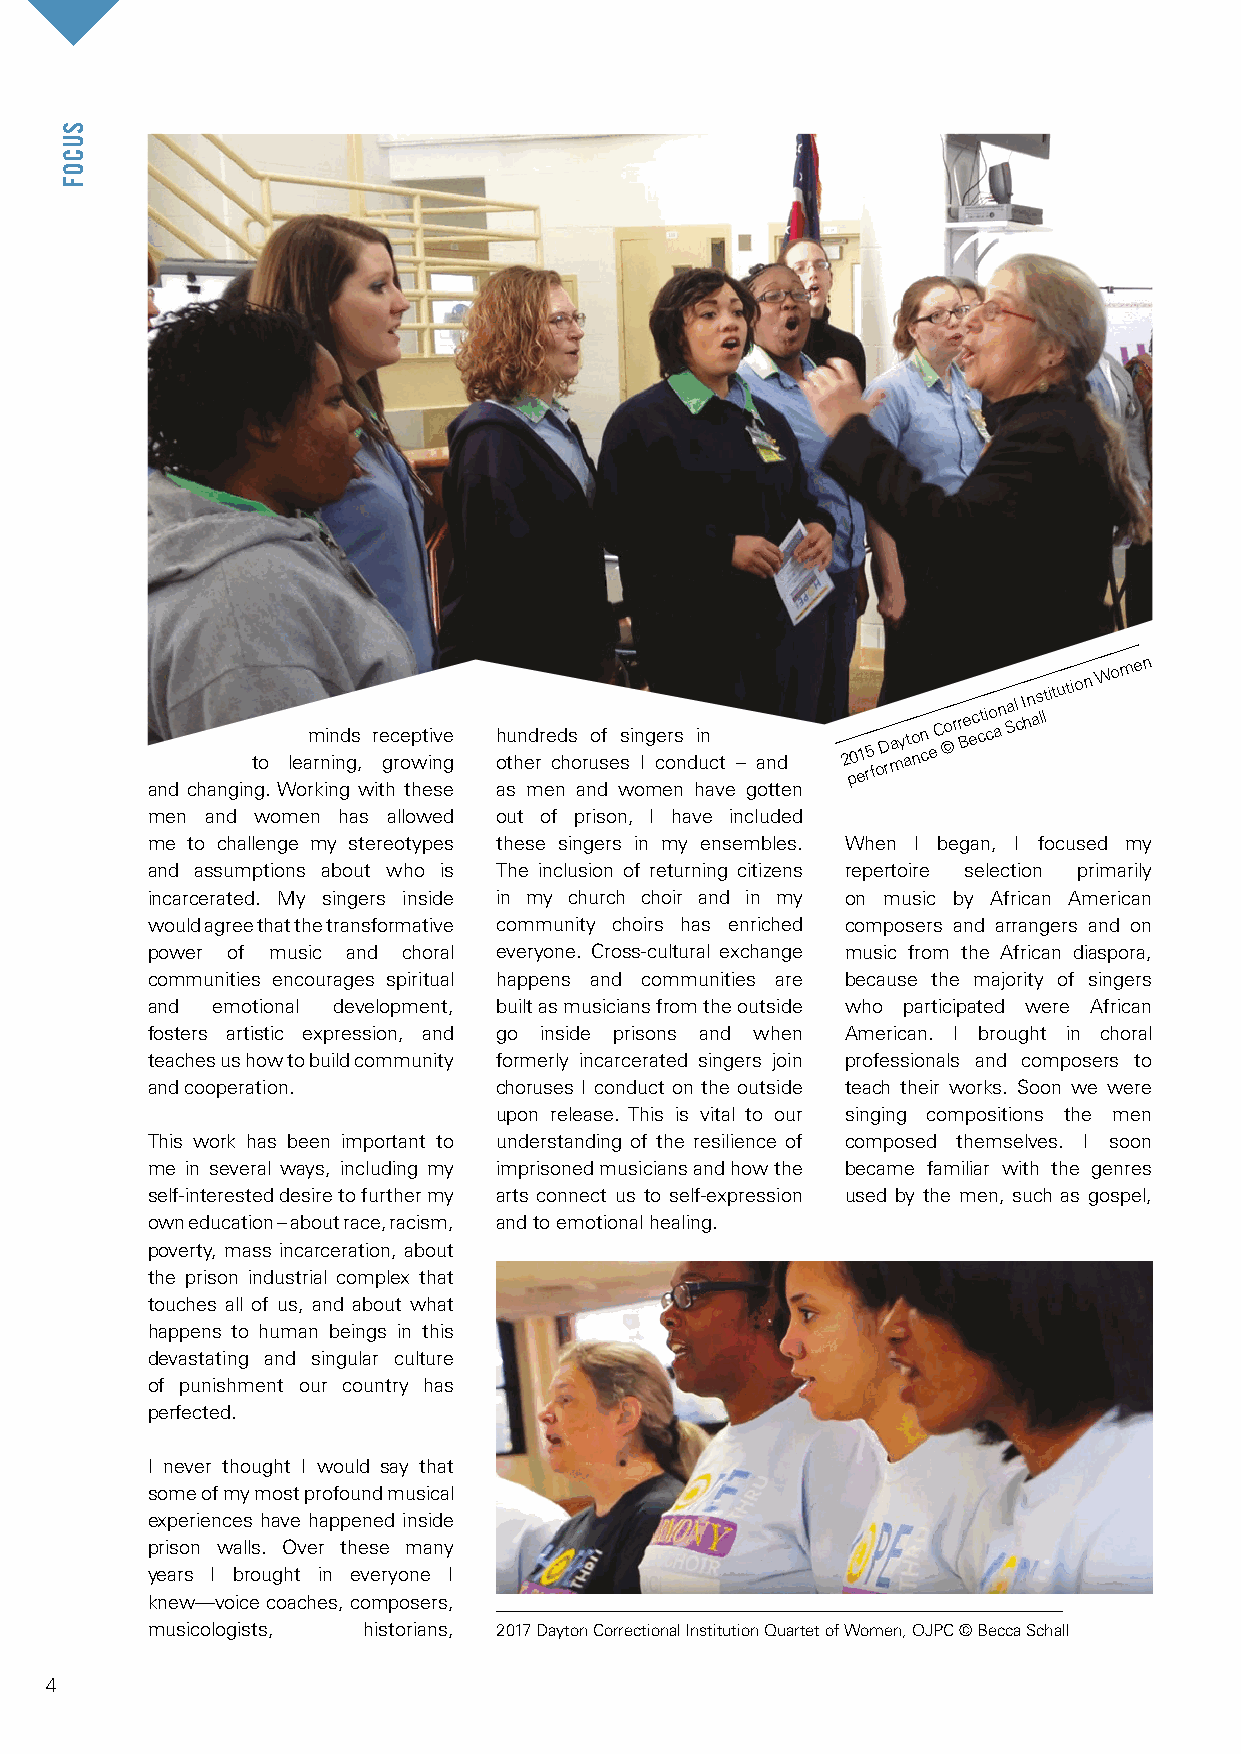
to leam rnin ind gs , re gc roe wpt ii nv ge h ou thn ed rr e cd hs o ruo sf es si n Ig ce ors n di un c t – and 2 p0 e1 r5
 f
 oD rmay ato nn c eC ©or r Be ec cti co an Sal c I hn as
 lltitution
 Women
 and changing. Working with these as men and women have gotten
 men and women has allowed out of prison, I have included
 me to challenge my stereotypes these singers in my ensembles. When I began, I focused my
 and assumptions about who is The inclusion of returning citizens repertoire selection primarily
 incarcerated. My singers inside in my church choir and in my on music by African American
 would agree that the transformative community choirs has enriched composers and arrangers and on
 power of music and choral everyone. Cross-cultural exchange music from the African diaspora,
 communities encourages spiritual happens and communities are because the majority of singers
 and emotional development, built as musicians from the outside who participated were African
 fosters artistic expression, and go inside prisons and when American. I brought in choral
 teaches us how to build community formerly incarcerated singers join professionals and composers to
 and cooperation.       choruses I conduct on the outside teach their works. Soon we were
 upon release. This is vital to our singing compositions the men
 This work has been important to understanding of the resilience of composed themselves. I soon
 me in several ways, including my imprisoned musicians and how the became familiar with the genres
 self-interested desire to further my arts connect us to self-expression used by the men, such as gospel,
 own education – about race, racism, and to emotional healing.
 poverty, mass incarceration, about
 the prison industrial complex that
 touches all of us, and about what
 happens to human beings in this
 devastating and singular culture
 of punishment our country has
 perfected.
 I never thought I would say that
 some of my most profound musical
 experiences have happened inside
 prison walls. Over these many
 years I brought in everyone I
 knew—voice coaches, composers,
 musicologists, historians, 2017 Dayton Correctional Institution Quartet of Women, OJPC © Becca Schall
 4
 SUCOF